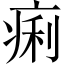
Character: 痢